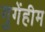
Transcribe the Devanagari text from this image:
गुगेंहीम